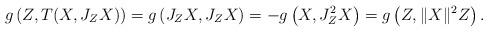
LaTeX: \begin{align*}g\left(Z, T(X,J_ZX) \right) = g\left(J_ZX, J_ZX \right) = -g\left(X, J^2_ZX \right) = g\left( Z, \|X\|^2 Z \right).\end{align*}